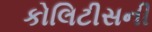
કોલિટીસની